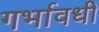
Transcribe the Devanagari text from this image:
गर्भावधी